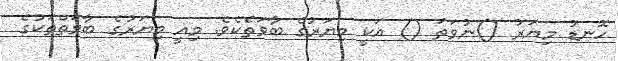
ހޮނޑު މިޔަރު ()ނުވަތަ () އަކީ މިޔަރުގެ ބާވަތެކެވެ. މިއީ މިޔަރުގެ ބާވަތްތަކުގެ